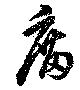
庿